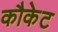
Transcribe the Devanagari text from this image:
कौकेट